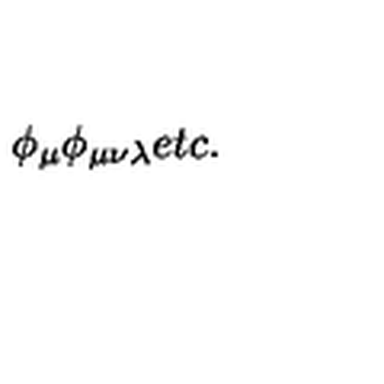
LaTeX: \phi _ { \mu } \phi _ { \mu \nu \lambda } e t c .